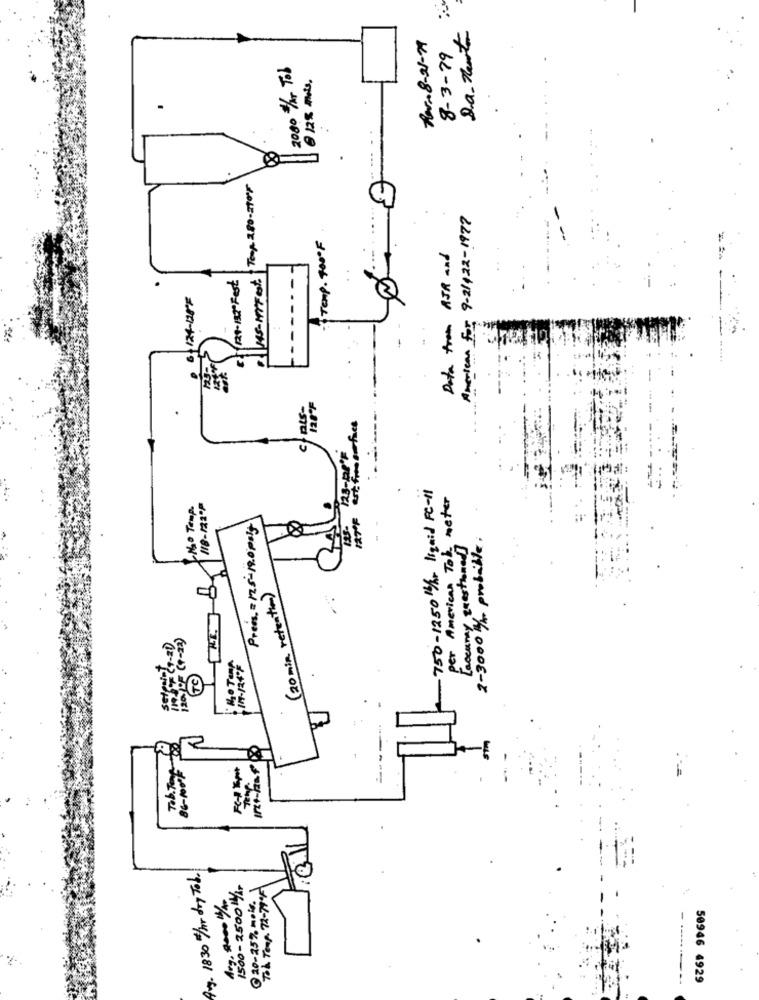
Da- Mont
Para 8-21-79
8-3-79
2000 /Hr Tob
@ 12% Thats,
MAS-MYFootTop. 280-2904
American for 9-21422-1977
Temp. 400ºF
Data from AJR and
19-182 Fest
2
124-128F
120ºF
est fino surface
123-DPF
-750-1250 /hr liquid FC-11
per American Tob meter
NO Temp.
Press. = 125- 19.0 po'5
2-3000 1/2 probable;
[accuray questioned]
(20 min retention)
11-124:
86-100F
Temp.
9mg. 1830 #/mr dry Tob.
1500-2500 /
C 20-25% -· 4.
Tok Temps 72-7995
Arg. 2000 4/40
50946 4929